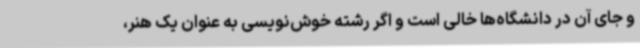
و جای آن در دانشگاه‌ها خالی است و اگر رشته خوش‌نویسی به عنوان یک هنر،